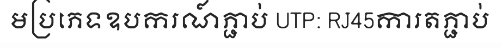
មប្រភេទឧបករណ៍ភ្ជាប់ UTP: RJ45ការតភ្ជាប់